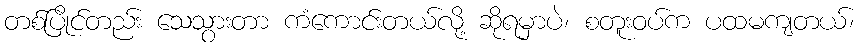
တစ်ပြိုင်တည်း သေသွားတာ ကံကောင်းတယ်လို့ ဆိုရမှာပဲ၊ စတူးဝပ်က ပထမကျတယ်၊